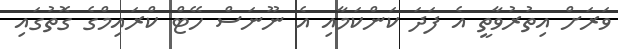
ވަރަށް އިތުރުވާތީ އެ ފަދަ ކަންކަމާއި އެ ނޫނަސް ހޭޓް ކްރައިމްގެ ގޮތުގައި